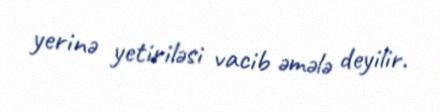
yerinə yetiriləsi vacib əmələ deyilir.